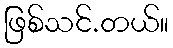
ဖြစ်သင်.တယ်။